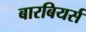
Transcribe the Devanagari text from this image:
बारबियर्स